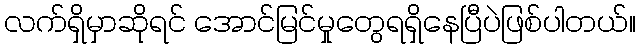
လက်ရှိမှာဆိုရင် အောင်မြင်မှုတွေရရှိနေပြီပဲဖြစ်ပါတယ်။